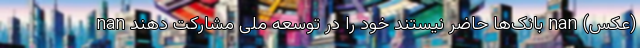
(عکس) nan بانک‌ها حاضر نیستند خود را در توسعه ملی مشارکت دهند nan